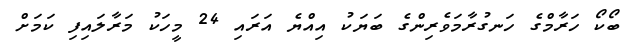
ބޯކޯ ހަރާމްގެ ހަނގުރާމަވެރިންގެ ބަޔަކު އިއްޔެ އަރައި 24 މީހަކު މަރާލައިފި ކަމަށް